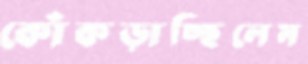
কোঁকড়াচ্ছিলেম